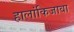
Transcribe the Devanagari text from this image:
हालांकिजावा